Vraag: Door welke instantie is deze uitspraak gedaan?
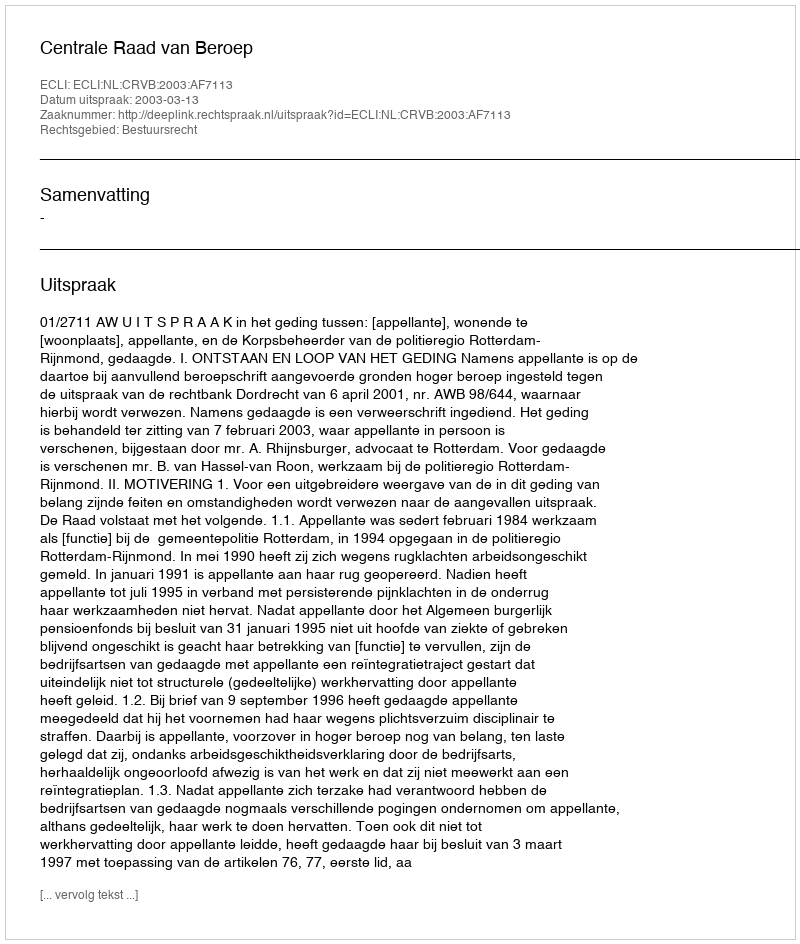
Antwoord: Centrale Raad van Beroep